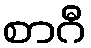
စာဂီ